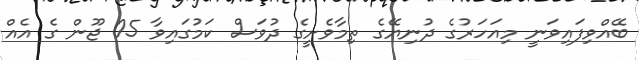
ބޭއްވިފައިވަނީ މިއަހަރުގެ ދުނިޔޭގެ ތިމާވެށީގެ ދުވަސް ކަމުގައިވާ 05 ޖޫން ގެ އެއް